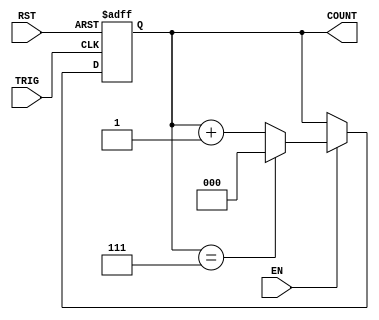
module mod_n_async_counter (
    input wire EN,       // Enable signal
    input wire RST,      // Asynchronous reset signal
    input wire TRIG,     // Trigger signal for counting
    output reg [2:0] COUNT // 3-bit output for counting (0 to 7)
);

    // Asynchronous reset and counting logic
    always @(posedge TRIG or posedge RST) begin
        if (RST) begin
            COUNT <= 3'b000; // Reset count to 0
        end else if (EN) begin
            if (COUNT == 3'b111) begin
                COUNT <= 3'b000; // Reset to 0 after reaching 7
            end else begin
                COUNT <= COUNT + 1; // Increment count
            end
        end
    end

endmodule